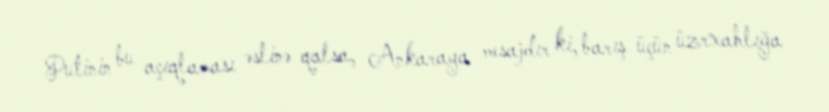
Putinin bu açıqlaması əslinə qalsa, Ankaraya mesajdır ki, barış üçün üzrxahlığa